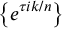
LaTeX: \left\{ e ^ { \tau i k / n } \right\}